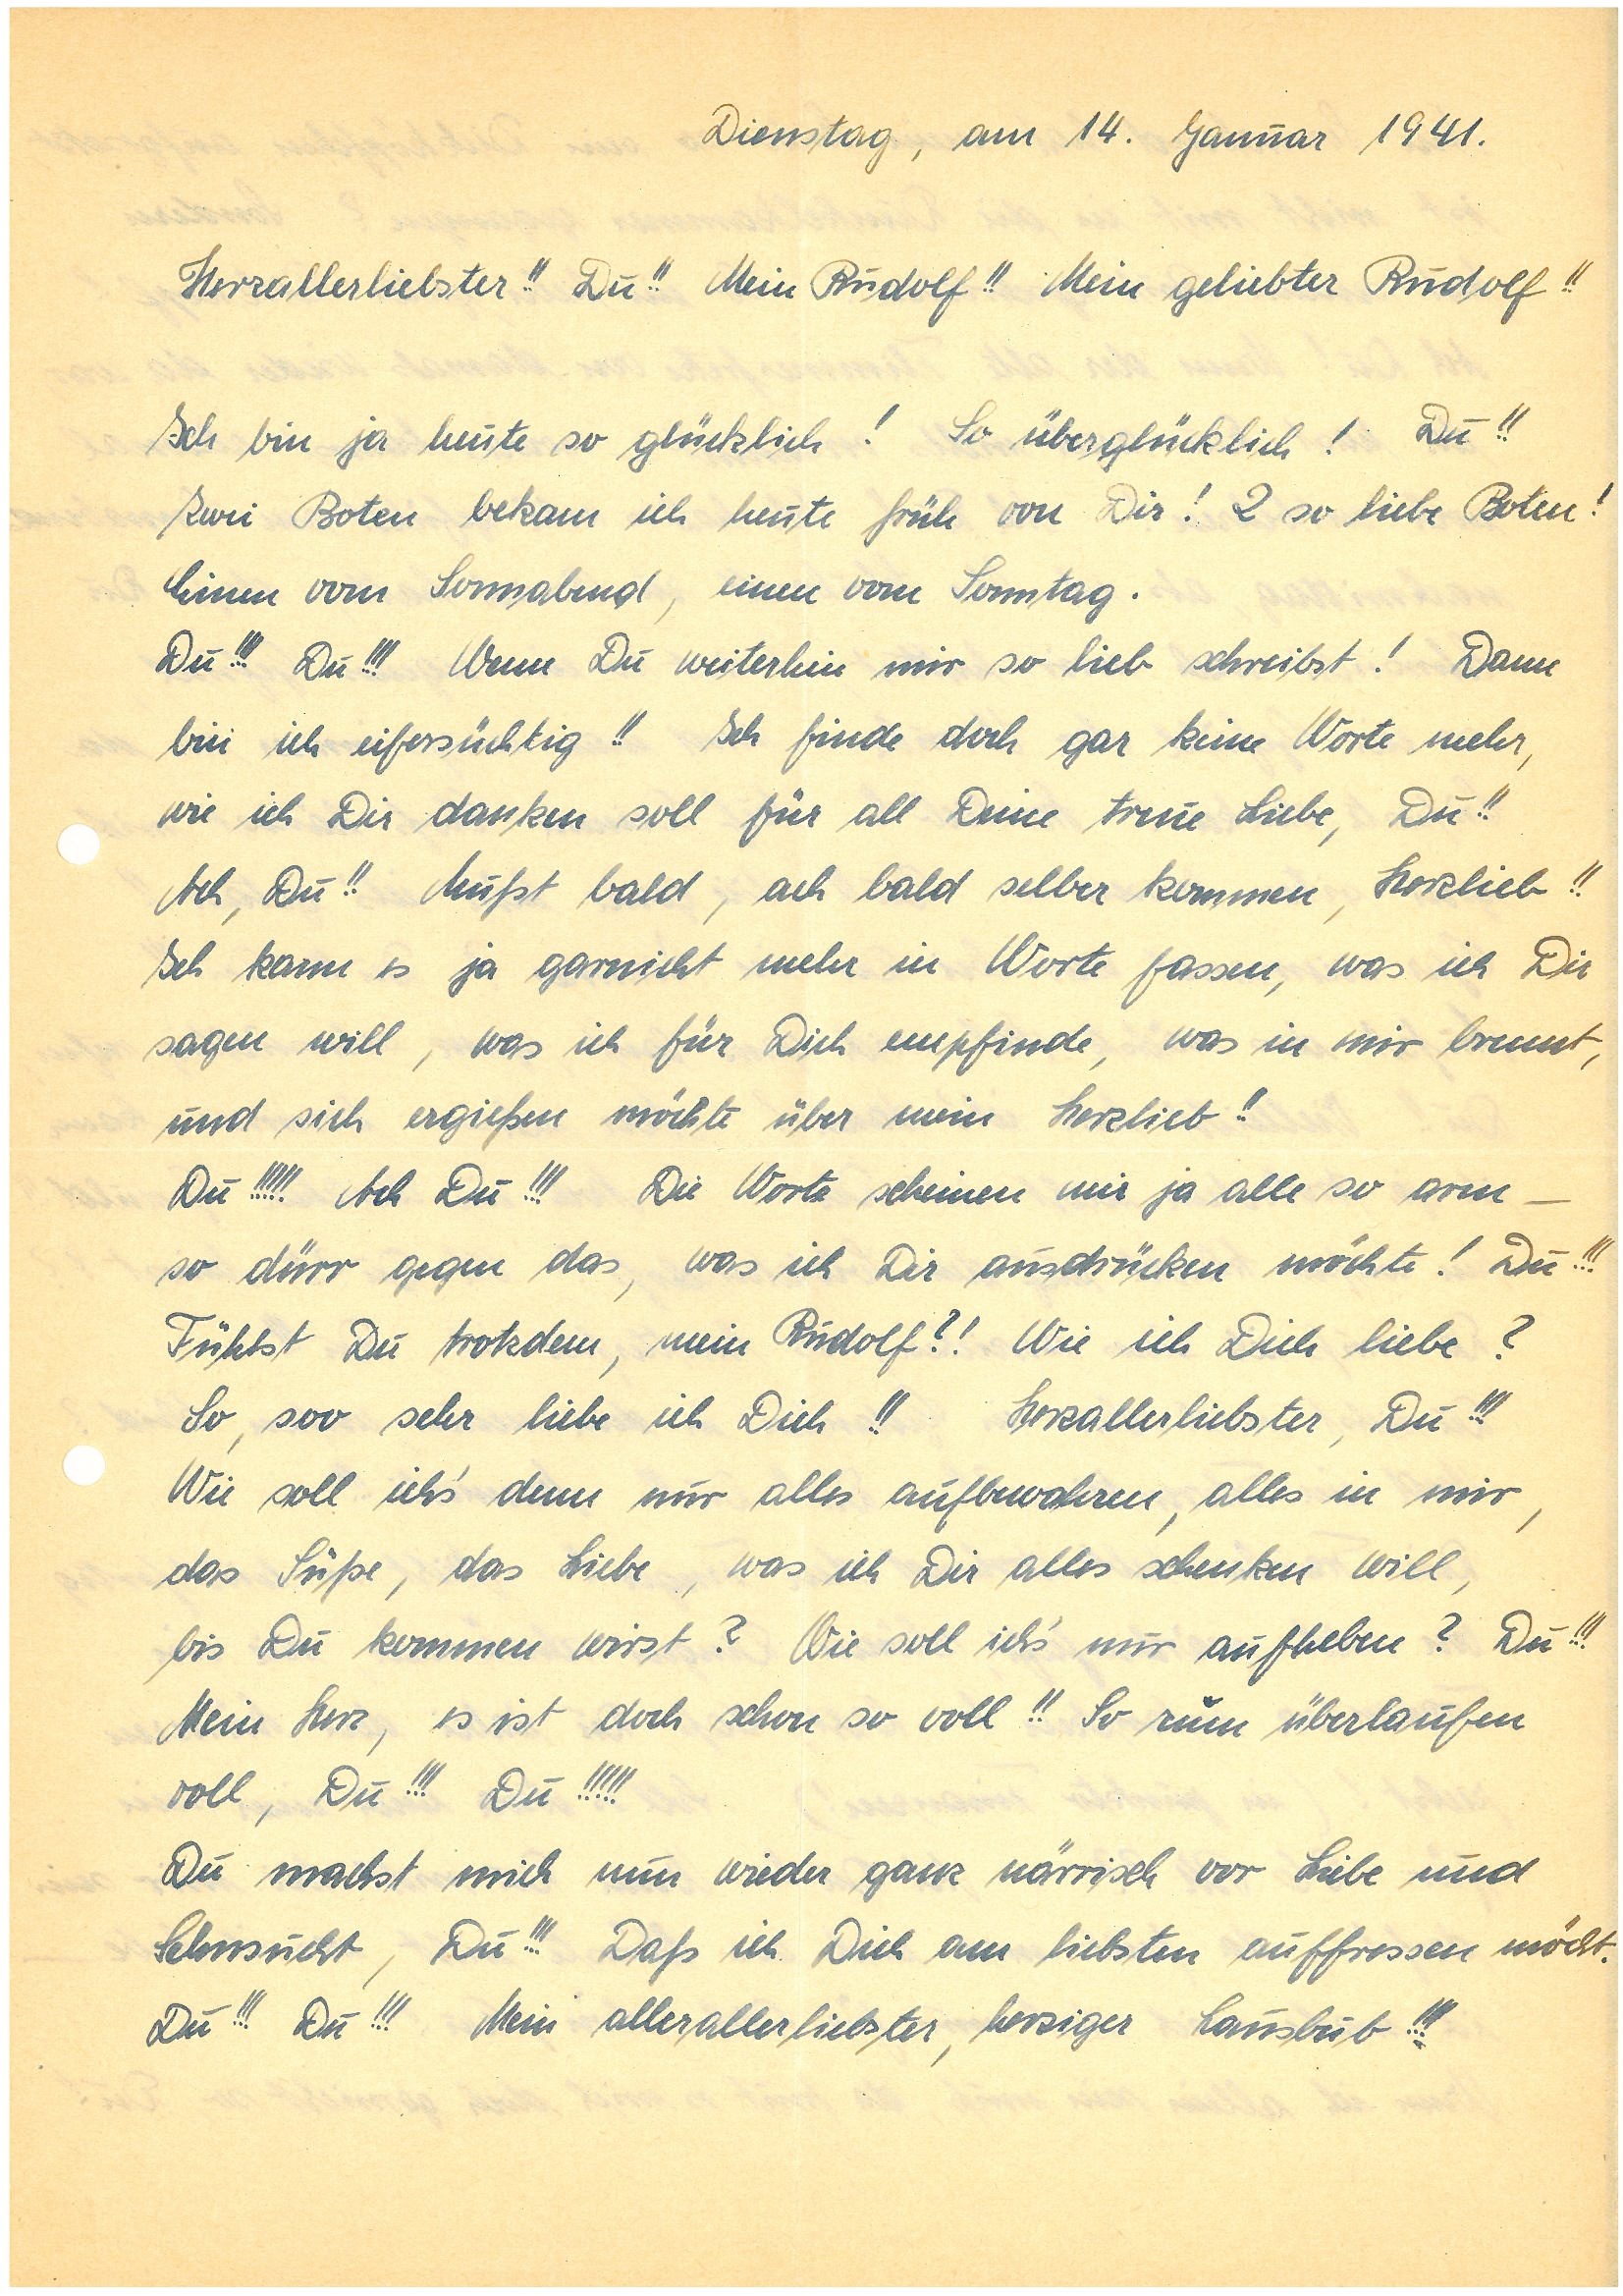
Dienstag, am 14. Januar 1941.
Herzallerliebster!! Du!! Mein!! Mein geliebter!!
Ich bin ja heute so glücklich! So überglücklich! Du!!
Zwei Boten bekam ich heute früh von Dir! 2 so liebe Boten!
Einen vom Sonnabend, einen vom Sonntag.
Du!!! Du!!! Wenn Du weiterhin mir so lieb schreibst! Dann
bin ich eifersüchtig!! Ich finde doch gar keine Worte mehr,
wie ich Dir danken soll für all Deine treue Liebe, Du!!
Ach Du!! Mußt bald, ach bald selber kommen, Herzlieb!!
Ich kann es ja garnicht mehr in Worte fassen, was ich Dir
sagen will, was ich für Dich empfinde, was in mir brennt,
und sich ergießen möchte über mein Herzlieb!!
Du!!!!! Ach Du!!! Die scheinen mir ja alle so arm –
so dürr gegen das, was ich Dir ausdrücken möchte! Du!!!
Fühlst Du trotzdem, mein ?! Wie ich Dich liebe?
So, soo sehr liebe ich Dich!! Herzallerliebster, Du!!!
Wie soll ich’s denn mir alles aufbewahren, alles in mir,
das Süße, das Liebe, was ich Dir alles schenken will,
bis Du kommen wirst? Wie soll ich’s mir aufheben? Du!!!
Mein Herz, es ist doch schon so voll!! So zum überlaufen
voll, Du!!! Du!!!!!
Du machst mich nun wieder ganz närrisch vor Liebe und
Sehnsucht, Du!!! Daß ich Dich am liebsten auffressen möcht.
Du!!! Du!!! Mein allerallerliebster, herziger Lausbub!!!